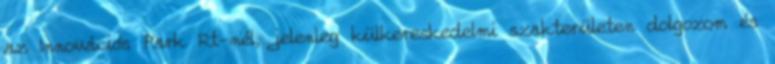
az Innovációs Park Rt-nél, jelenleg külkereskedelmi szakterületen dolgozom és